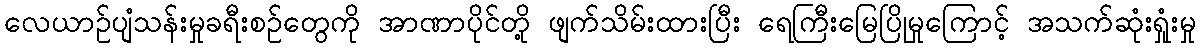
လေယာဉ်ပျံသန်းမှုခရီးစဉ်တွေကို အာဏာပိုင်တို့ ဖျက်သိမ်းထားပြီး ရေကြီးမြေပြိုမှုကြောင့် အသက်ဆုံးရှုံးမှု